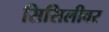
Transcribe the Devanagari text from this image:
सिसिलीवर